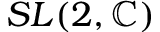
S L ( 2 , \mathbb { C } )